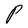
Character: P